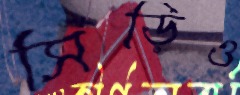
সিঁড়িও